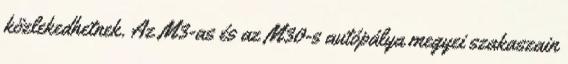
közlekedhetnek. Az M3-as és az M30-s autópálya megyei szakaszain